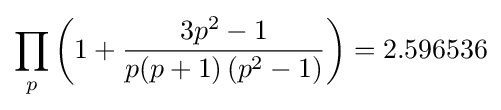
\prod _{p}\left(1+{\frac {3p^{2}-1}{p(p+1)\left(p^{2}-1\right)}}\right)=2.596536